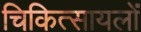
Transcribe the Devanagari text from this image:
चिकित्सायलों